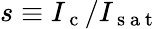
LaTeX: s\equiv I_{\mathrm{~c~}}/I_{\mathrm{~s~a~t~}}